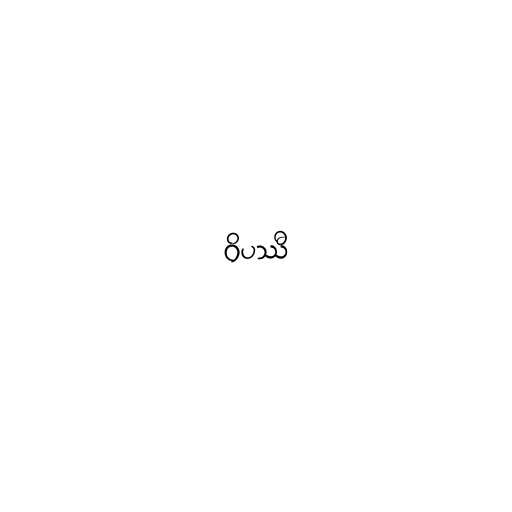
ဝိပဿီ